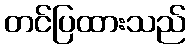
တင်ပြထားသည်